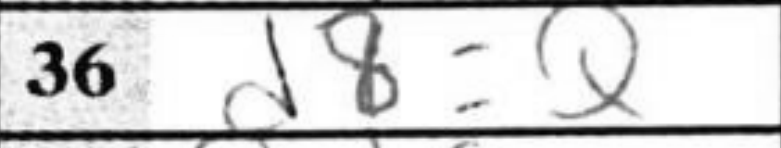
Transcription: d8=Q